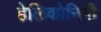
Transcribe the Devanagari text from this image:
हेलिकोनिनी